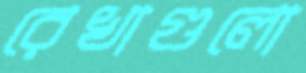
রেখাগুলো